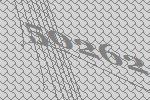
50262